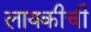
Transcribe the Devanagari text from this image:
लायकीची